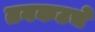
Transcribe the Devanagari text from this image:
तनकटचे